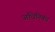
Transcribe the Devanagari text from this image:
अधिनिबंध